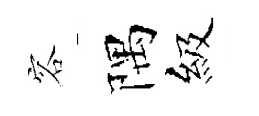
容隅級